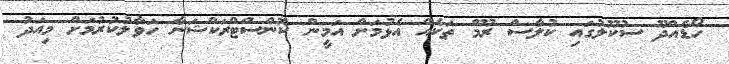
ހޯޑެއްދޫ ސުކޫލުގައި ކުލާސް ރޫމް ތަކެއް އެޅުމަށް އަމީން ކޮންސްޓްރަކްޝަނާ ހަވާލުކުރުމަށް މިއަދު